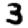
Digit: 3